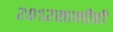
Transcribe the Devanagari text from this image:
२०१२सालीही